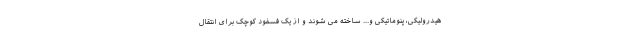
هیدرولیکی، پنوماتیکی و... ساخته می شوند و از یک فسفود کوچک برای انتقال